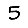
Digit: 5